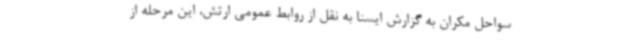
سواحل مکران به گزارش ایسنا به نقل از روابط عمومی ارتش، این مرحله از